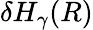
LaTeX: \delta H_{\gamma}(R)